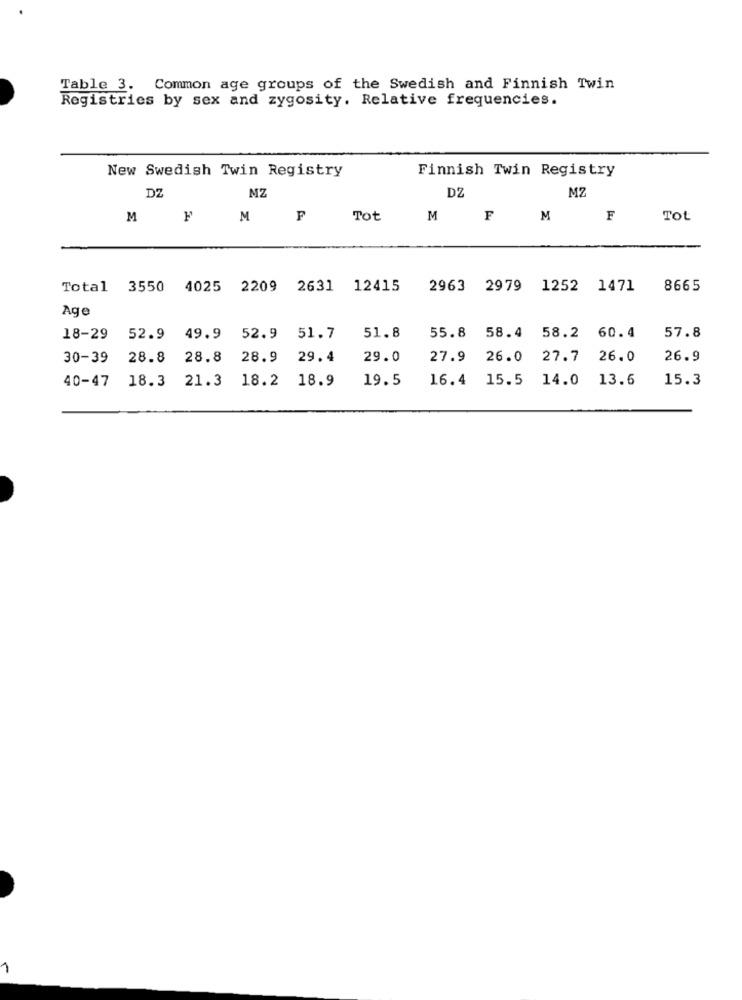
Table 3. Common age groups of the Swedish and Finnish Twin
Registries by sex and zygosity. Relative frequencies.
New Swedish Twin Registry
Finnish Twin Registry
DZ
MZ
DZ
MZ
M
F
M
F
Tot
M
F
M
F
Tot
Total 3550 4025 2209 2631 12415
2963 2979 1252 1471
8665
Age
18-29 52.9 49.9 52.9 51.7
51.8
55.8 58.4 58.2 60.4
57.8
30-39 28.8 28.8 28.9 29.4
29.0
27.9 26.0 27.7 26.0
26.9
40-47 18.3 21.3 18.2 18.9
19.5
16.4 15.5 14.0 13.6
15.3